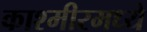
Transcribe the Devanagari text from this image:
काश्‍मीरमध्ये